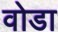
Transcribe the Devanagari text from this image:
वोडा